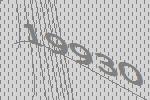
19930